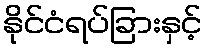
နိုင်ငံရပ်ခြားနှင့်